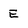
Character: E